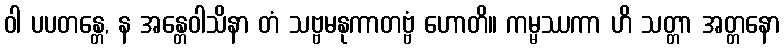
ဝါ ပပတန္တေ, န အန္တေဝါသိနာ တံ သဗ္ဗမနုကာတဗ္ဗံ ဟောတိ။ ကမ္မဿကာ ဟိ သတ္တာ အတ္တနော